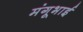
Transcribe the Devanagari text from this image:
मंगूभाई